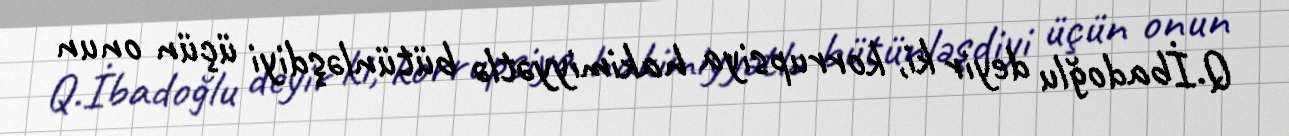
Q.İbadoğlu deyir ki, korrupsiya hakimiyyətlə bütünləşdiyi üçün onun